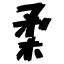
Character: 柔